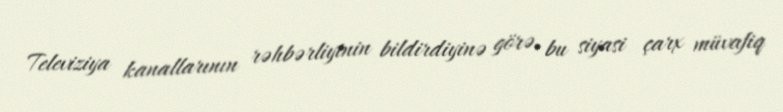
Televiziya kanallarının rəhbərliyinin bildirdiyinə görə, bu siyasi çarx müvafiq